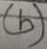
Text: (b)